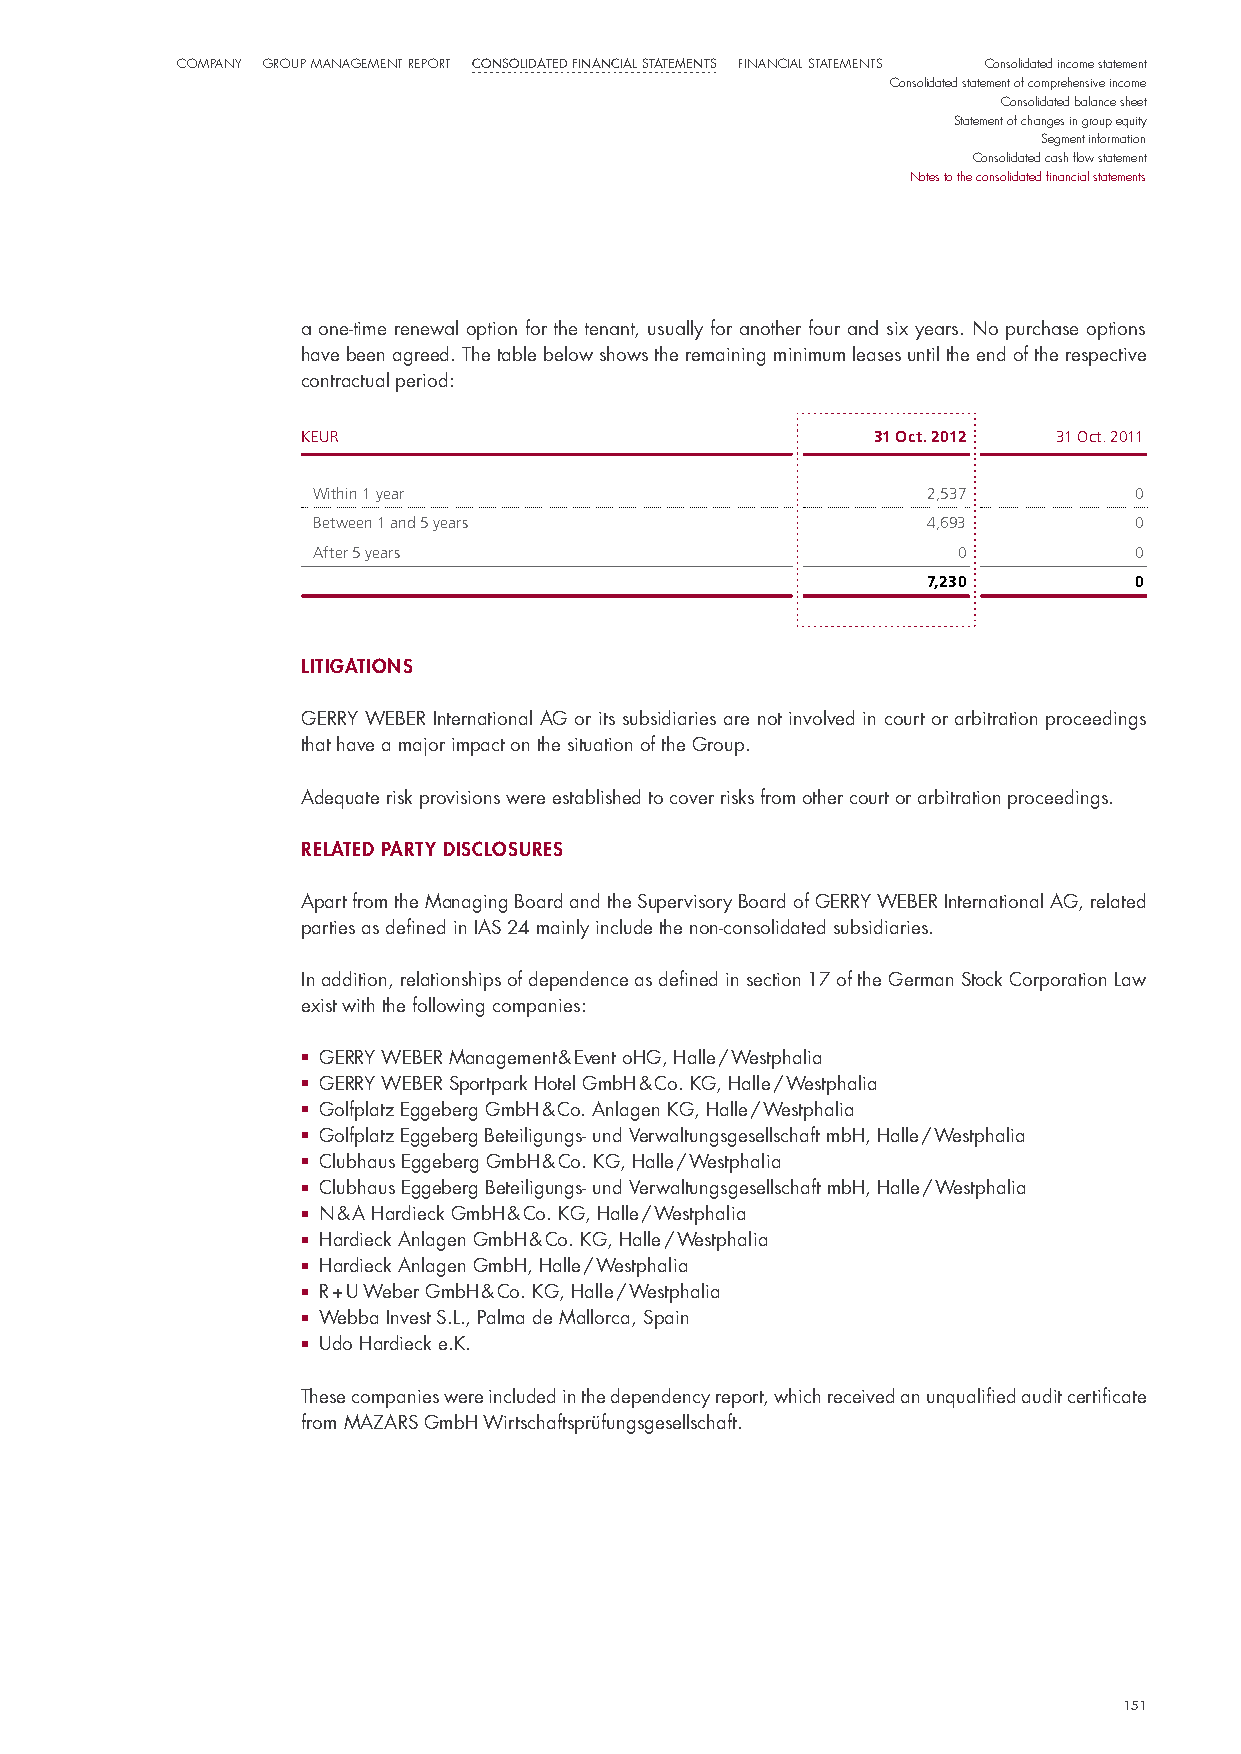
CompaNy Group maNaGemeNt report Consolidated finanCial statements FiNaNCial StatemeNtS Consolidated income statement
 Consolidated statement of comprehensive income
 Consolidated balance sheet
 Statement of changes in group equity
 Segment information
 Consolidated cash flow statement
 Notes to the consolidated financial statements
 a one-time renewal option for the tenant, usually for another four and six years. no purchase options
 have been agreed. The table below shows the remaining minimum leases until the end of the respective
 contractual period:
 KEUR                                  31 Oct. 2012 31 Oct. 2011
 Within 1 year                           2,537         0
 Between 1 and 5 years                   4,693         0
 After 5 years                             0           0
 7,230         0
 lItIgatIons
 GeRRY WeBeR international AG or its subsidiaries are not involved in court or arbitration proceedings
 that have a major impact on the situation of the Group.
 Adequate risk provisions were established to cover risks from other court or arbitration proceedings.
 related party dIsclosures
 Apart from the managing Board and the supervisory Board of GeRRY WeBeR international AG, related
 parties as defined in iAs 24 mainly include the non-consolidated subsidiaries.
 in addition, relationships of dependence as defined in section 17 of the German stock Corporation law
 exist with the following companies:
 ■ GeRRY WeBeR management & event ohG, halle / Westphalia
 ■ GeRRY WeBeR sportpark hotel Gmbh & Co. KG, halle / Westphalia
 ■ Golfplatz eggeberg Gmbh & Co. Anlagen KG, halle / Westphalia
 ■ Golfplatz eggeberg Beteiligungs- und verwaltungsgesellschaft mbh, halle / Westphalia
 ■ Clubhaus eggeberg Gmbh & Co. KG, halle / Westphalia
 ■ Clubhaus eggeberg Beteiligungs- und verwaltungsgesellschaft mbh, halle / Westphalia
 ■ n & A hardieck Gmbh & Co. KG, halle / Westphalia
 ■ hardieck Anlagen Gmbh & Co. KG, halle / Westphalia
 ■ hardieck Anlagen Gmbh, halle / Westphalia
 ■ R + u Weber Gmbh & Co. KG, halle / Westphalia
 ■ Webba invest s.l., palma de mallorca, spain
 ■ udo hardieck e.K.
 These companies were included in the dependency report, which received an unqualified audit certificate
 from mAZARs Gmbh Wirtschaftsprüfungsgesellschaft.
 151